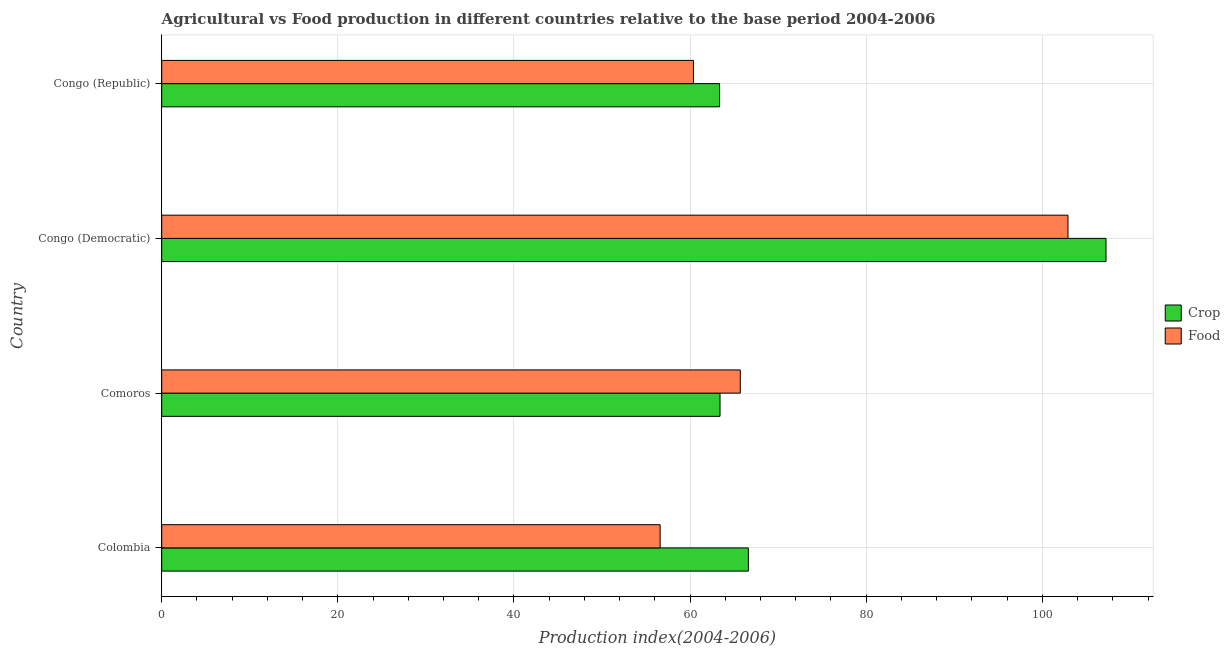
| Country | Crop | Food |
 | --- | --- | --- |
 | Colombia | 66.6 | 56.6 |
 | Comoros | 63.4 | 65.7 |
 | Congo (Democratic) | 107 | 103 |
 | Congo (Republic) | 63.4 | 60.4 |